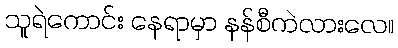
သူရဲကောင်း နေရာမှာ နန်စီကဲလားလေ။